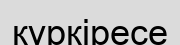
күркіресе